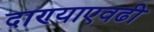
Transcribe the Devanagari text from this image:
दाण्याएवढी